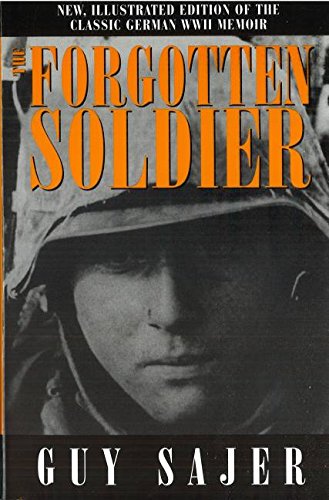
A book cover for The Forgotten Soldier; Guy Sajer; History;